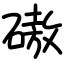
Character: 磝